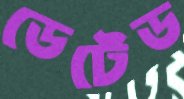
ডেটেড